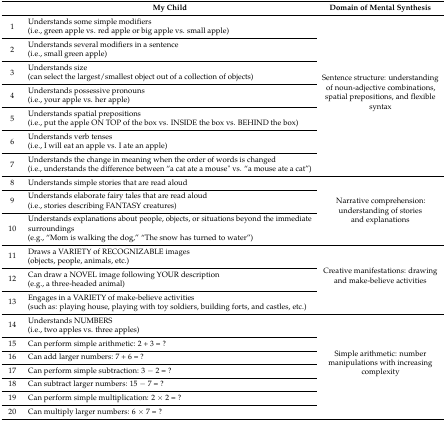
<table><thead><tr><td></td><td><b>My Child</b></td><td><b>Domain of Mental Synthesis</b></td></tr></thead><tbody><tr><td>1</td><td>Understands some simple modifiers(i.e., green apple vs. red apple or big apple vs. small apple)</td><td rowspan="7">Sentence structure: understanding of noun-adjective combinations, spatial prepositions, and flexible syntax</td></tr><tr><td>2</td><td>Understands several modifiers in a sentence(i.e., small green apple)</td></tr><tr><td>3</td><td>Understands size(can select the largest/smallest object out of a collection of objects)</td></tr><tr><td>4</td><td>Understands possessive pronouns(i.e., your apple vs. her apple)</td></tr><tr><td>5</td><td>Understands spatial prepositions(i.e., put the apple ON TOP of the box vs. INSIDE the box vs. BEHIND the box)</td></tr><tr><td>6</td><td>Understands verb tenses(i.e., I will eat an apple vs. I ate an apple)</td></tr><tr><td>7</td><td>Understands the change in meaning when the order of words is changed(i.e., understands the difference between “a cat ate a mouse&quot; vs. “a mouse ate a cat”)</td></tr><tr><td>8</td><td>Understands simple stories that are read aloud</td><td rowspan="3">Narrative comprehension: understanding of stories and explanations</td></tr><tr><td>9</td><td>Understands elaborate fairy tales that are read aloud(i.e., stories describing FANTASY creatures)</td></tr><tr><td>10</td><td>Understands explanations about people, objects, or situations beyond the immediate surroundings(e.g., “Mom is walking the dog,” “The snow has turned to water”)</td></tr><tr><td>11</td><td>Draws a VARIETY of RECOGNIZABLE images(objects, people, animals, etc.)</td><td rowspan="3">Creative manifestations: drawing and make-believe activities</td></tr><tr><td>12</td><td>Can draw a NOVEL image following YOUR description(e.g., a three-headed animal)</td></tr><tr><td>13</td><td>Engages in a VARIETY of make-believe activities(such as: playing house, playing with toy soldiers, building forts, and castles, etc.)</td></tr><tr><td>14</td><td>Understands NUMBERS(i.e., two apples vs. three apples)</td><td rowspan="7">Simple arithmetic: number manipulations with increasing complexity</td></tr><tr><td>15</td><td>Can perform simple arithmetic: 2 + 3 = ?</td></tr><tr><td>16</td><td>Can add larger numbers: 7 + 6 = ?</td></tr><tr><td>17</td><td>Can perform simple subtraction: 3 − 2 = ?</td></tr><tr><td>18</td><td>Can subtract larger numbers: 15 − 7 = ?</td></tr><tr><td>19</td><td>Can perform simple multiplication: 2 × 2 = ?</td></tr><tr><td>20</td><td>Can multiply larger numbers: 6 × 7 = ?</td></tr></tbody></table>